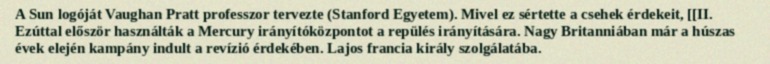
A Sun logóját Vaughan Pratt professzor tervezte (Stanford Egyetem). Mivel ez sértette a csehek érdekeit, [[II. Ezúttal először használták a Mercury irányítóközpontot a repülés irányítására. Nagy Britanniában már a húszas évek elején kampány indult a revízió érdekében. Lajos francia király szolgálatába.